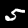
Label: 5